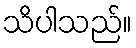
သိပါသည်။